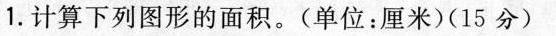
1.计算下列图形的面积。(单位：厘米)(15分)